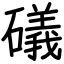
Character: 礒